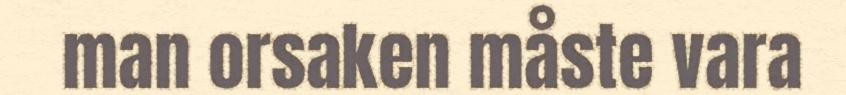
man orsaken måste vara